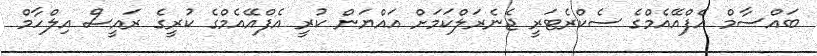
ބައްސާމް އެފްއޭއެމްގެ ސެކްރެޓަރީ ޖެނެރަލްކަމަށް އައްޔަން ކުރީ އެފްއޭއެމްގެ ކުރީގެ ރައީސް އިލްހާމް